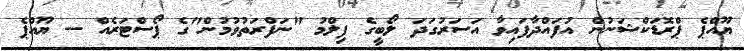
ޔޫއްޕެ ޕްރޮޑަކްޝަނުން އުފައްދާފައިވާ އަސަރުގަދަ ލޯބީގެ ފިލްމު "ނަފްރަތުވުމުން"ގެ ޕޯސްޓަރެއް -- ޔޫއްޕެ